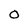
Character: O